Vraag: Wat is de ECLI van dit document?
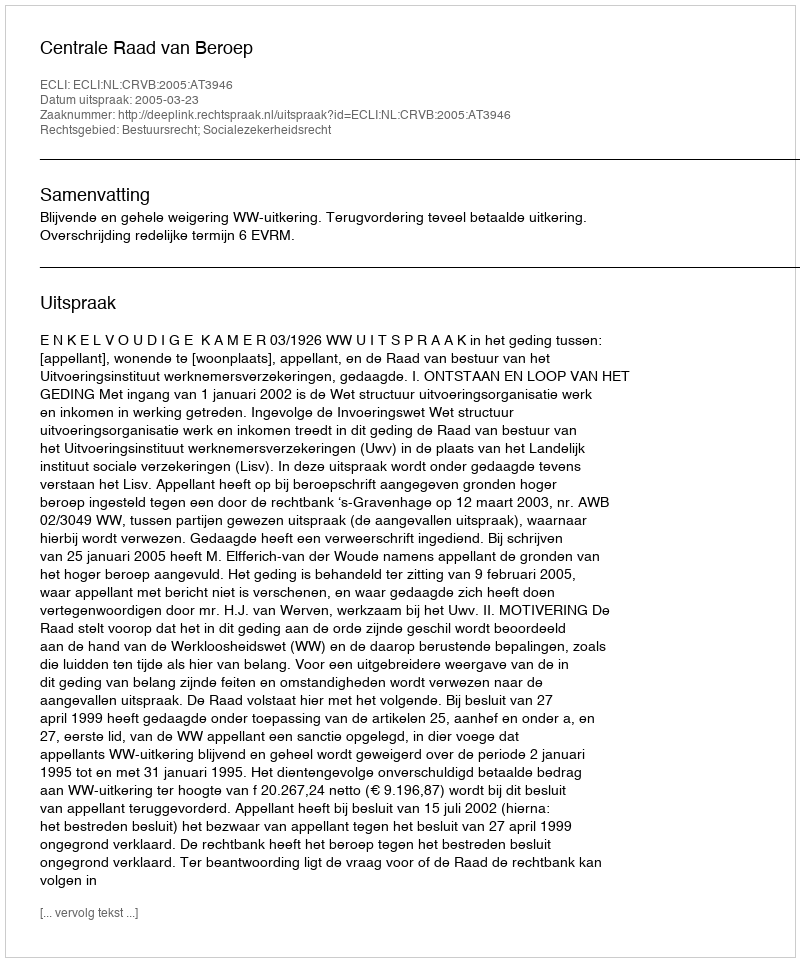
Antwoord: ECLI:NL:CRVB:2005:AT3946